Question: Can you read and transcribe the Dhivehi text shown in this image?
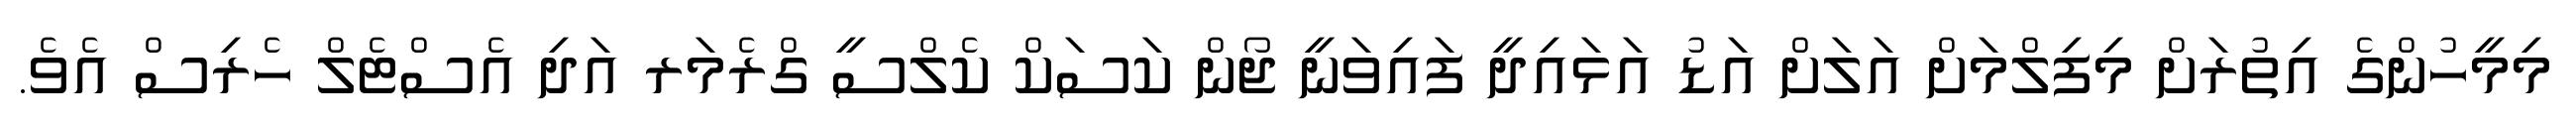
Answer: މިމީހުންގެ އިތުރަށް މިފިލްމަށް އަލަށް އަޑު އަޅައިދީ ފައިވަނީ ޖޯން ކަސަކް ކެލްސީ ގްރެމަރ އަދި އެސްޓެލް ހެރިސް އެވެ.